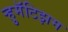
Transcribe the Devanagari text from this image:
ऱ्हुमॅटिझम